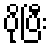
ပိုပြီး